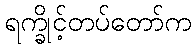
ရက္ခိုင့်တပ်တော်က